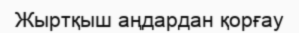
Жыртқыш аңдардан қорғау